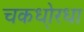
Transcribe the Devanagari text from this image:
चकधो्रधा